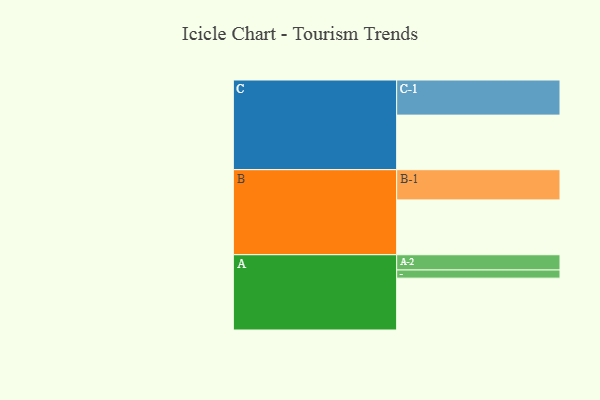
{"axis": {"x": "Segment", "y": "Value"}, "legend": ["", "A", "B", "C"], "data": [{"x": "A", "y": 381, "type": ""}, {"x": "B", "y": 403, "type": ""}, {"x": "C", "y": 401, "type": ""}, {"x": "A-1", "y": 60, "type": "A"}, {"x": "A-2", "y": 112, "type": "A"}, {"x": "B-1", "y": 222, "type": "B"}, {"x": "C-1", "y": 258, "type": "C"}]}